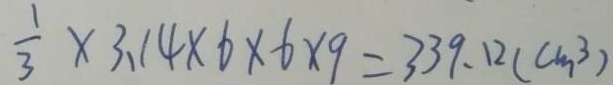
\frac { 1 } { 3 } \times 3 . 1 4 \times 6 \times 6 \times 9 = 3 3 9 . 1 2 ( c m ^ { 3 } )